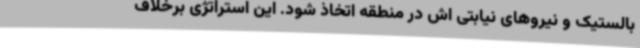
بالستیک و نیروهای نیابتی اش در منطقه اتخاذ شود. این استراتژی برخلاف